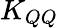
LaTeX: K_{QQ}